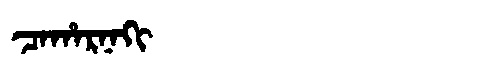
Manchu: ᠴᠠᡥᠠᡵᠨᠠᡴᡳ
Romanization: CAHARNAKI